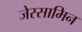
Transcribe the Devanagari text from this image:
जेस्सामिन